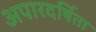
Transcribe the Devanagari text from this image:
अपारदर्षिता